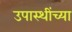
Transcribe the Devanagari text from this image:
उपास्थींच्या